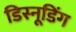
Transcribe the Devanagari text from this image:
डिस्नूडिंग